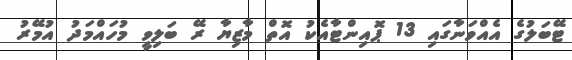
ޓޭބަލުގެ އެއްވަނާގައި 13 ޕޮއިންޓާއެކު އޮތް މާޒިޔާ ރޭ ބަލިވީ މުހައްމަދު އުމޭރު